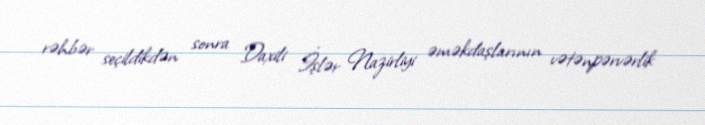
rəhbər seçildikdən sonra Daxili İşlər Nazirliyi əməkdaşlarının vətənpərvərlik